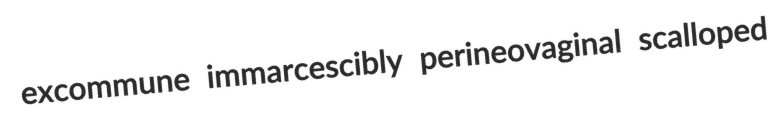
excommune immarcescibly perineovaginal scalloped